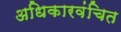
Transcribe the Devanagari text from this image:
अधिकारवंचित